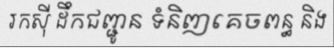
រកស៊ី ដឹកជញ្ជូន ទំនិញគេចពន្ធ និង